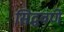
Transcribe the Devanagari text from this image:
सिद्धवणे